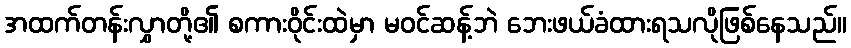
အထက်တန်းလွှာတို့၏ စကားဝိုင်းထဲမှာ မဝင်ဆန့်ဘဲ ဘေးဖယ်ခံထားရသလိုဖြစ်နေသည်။